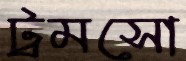
ট্রমসো